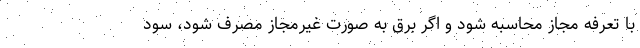
با تعرفه مجاز محاسبه شود و اگر برق به صورت غیرمجاز مصرف شود، سود